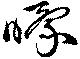
曚